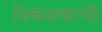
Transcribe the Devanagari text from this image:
विकसकाची